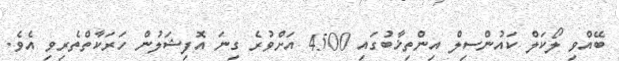
ބޭއްވި ލޯކަލް ކައުންސިލް އިންތިޚާބުގައި 4500 އަށްވުރެ ގިނަ އޮފިޝަލުން ހަރަކާތްތެރިވި އެވެ.